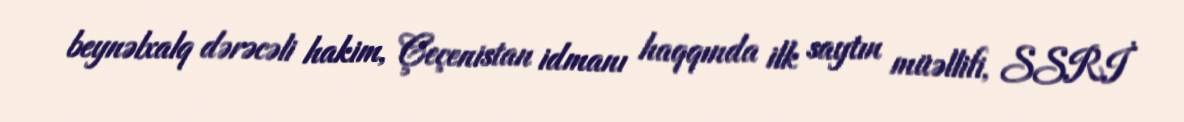
beynəlxalq dərəcəli hakim, Çeçenistan idmanı haqqında ilk saytın müəllifi, SSRİ